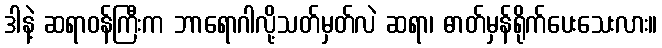
ဒါနဲ့ ဆရာဝန်ကြီးက ဘာရောဂါလို့သတ်မှတ်လဲ ဆရာ၊ ဓာတ်မှန်ရိုက်ပေးသေးလား။